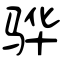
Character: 骅